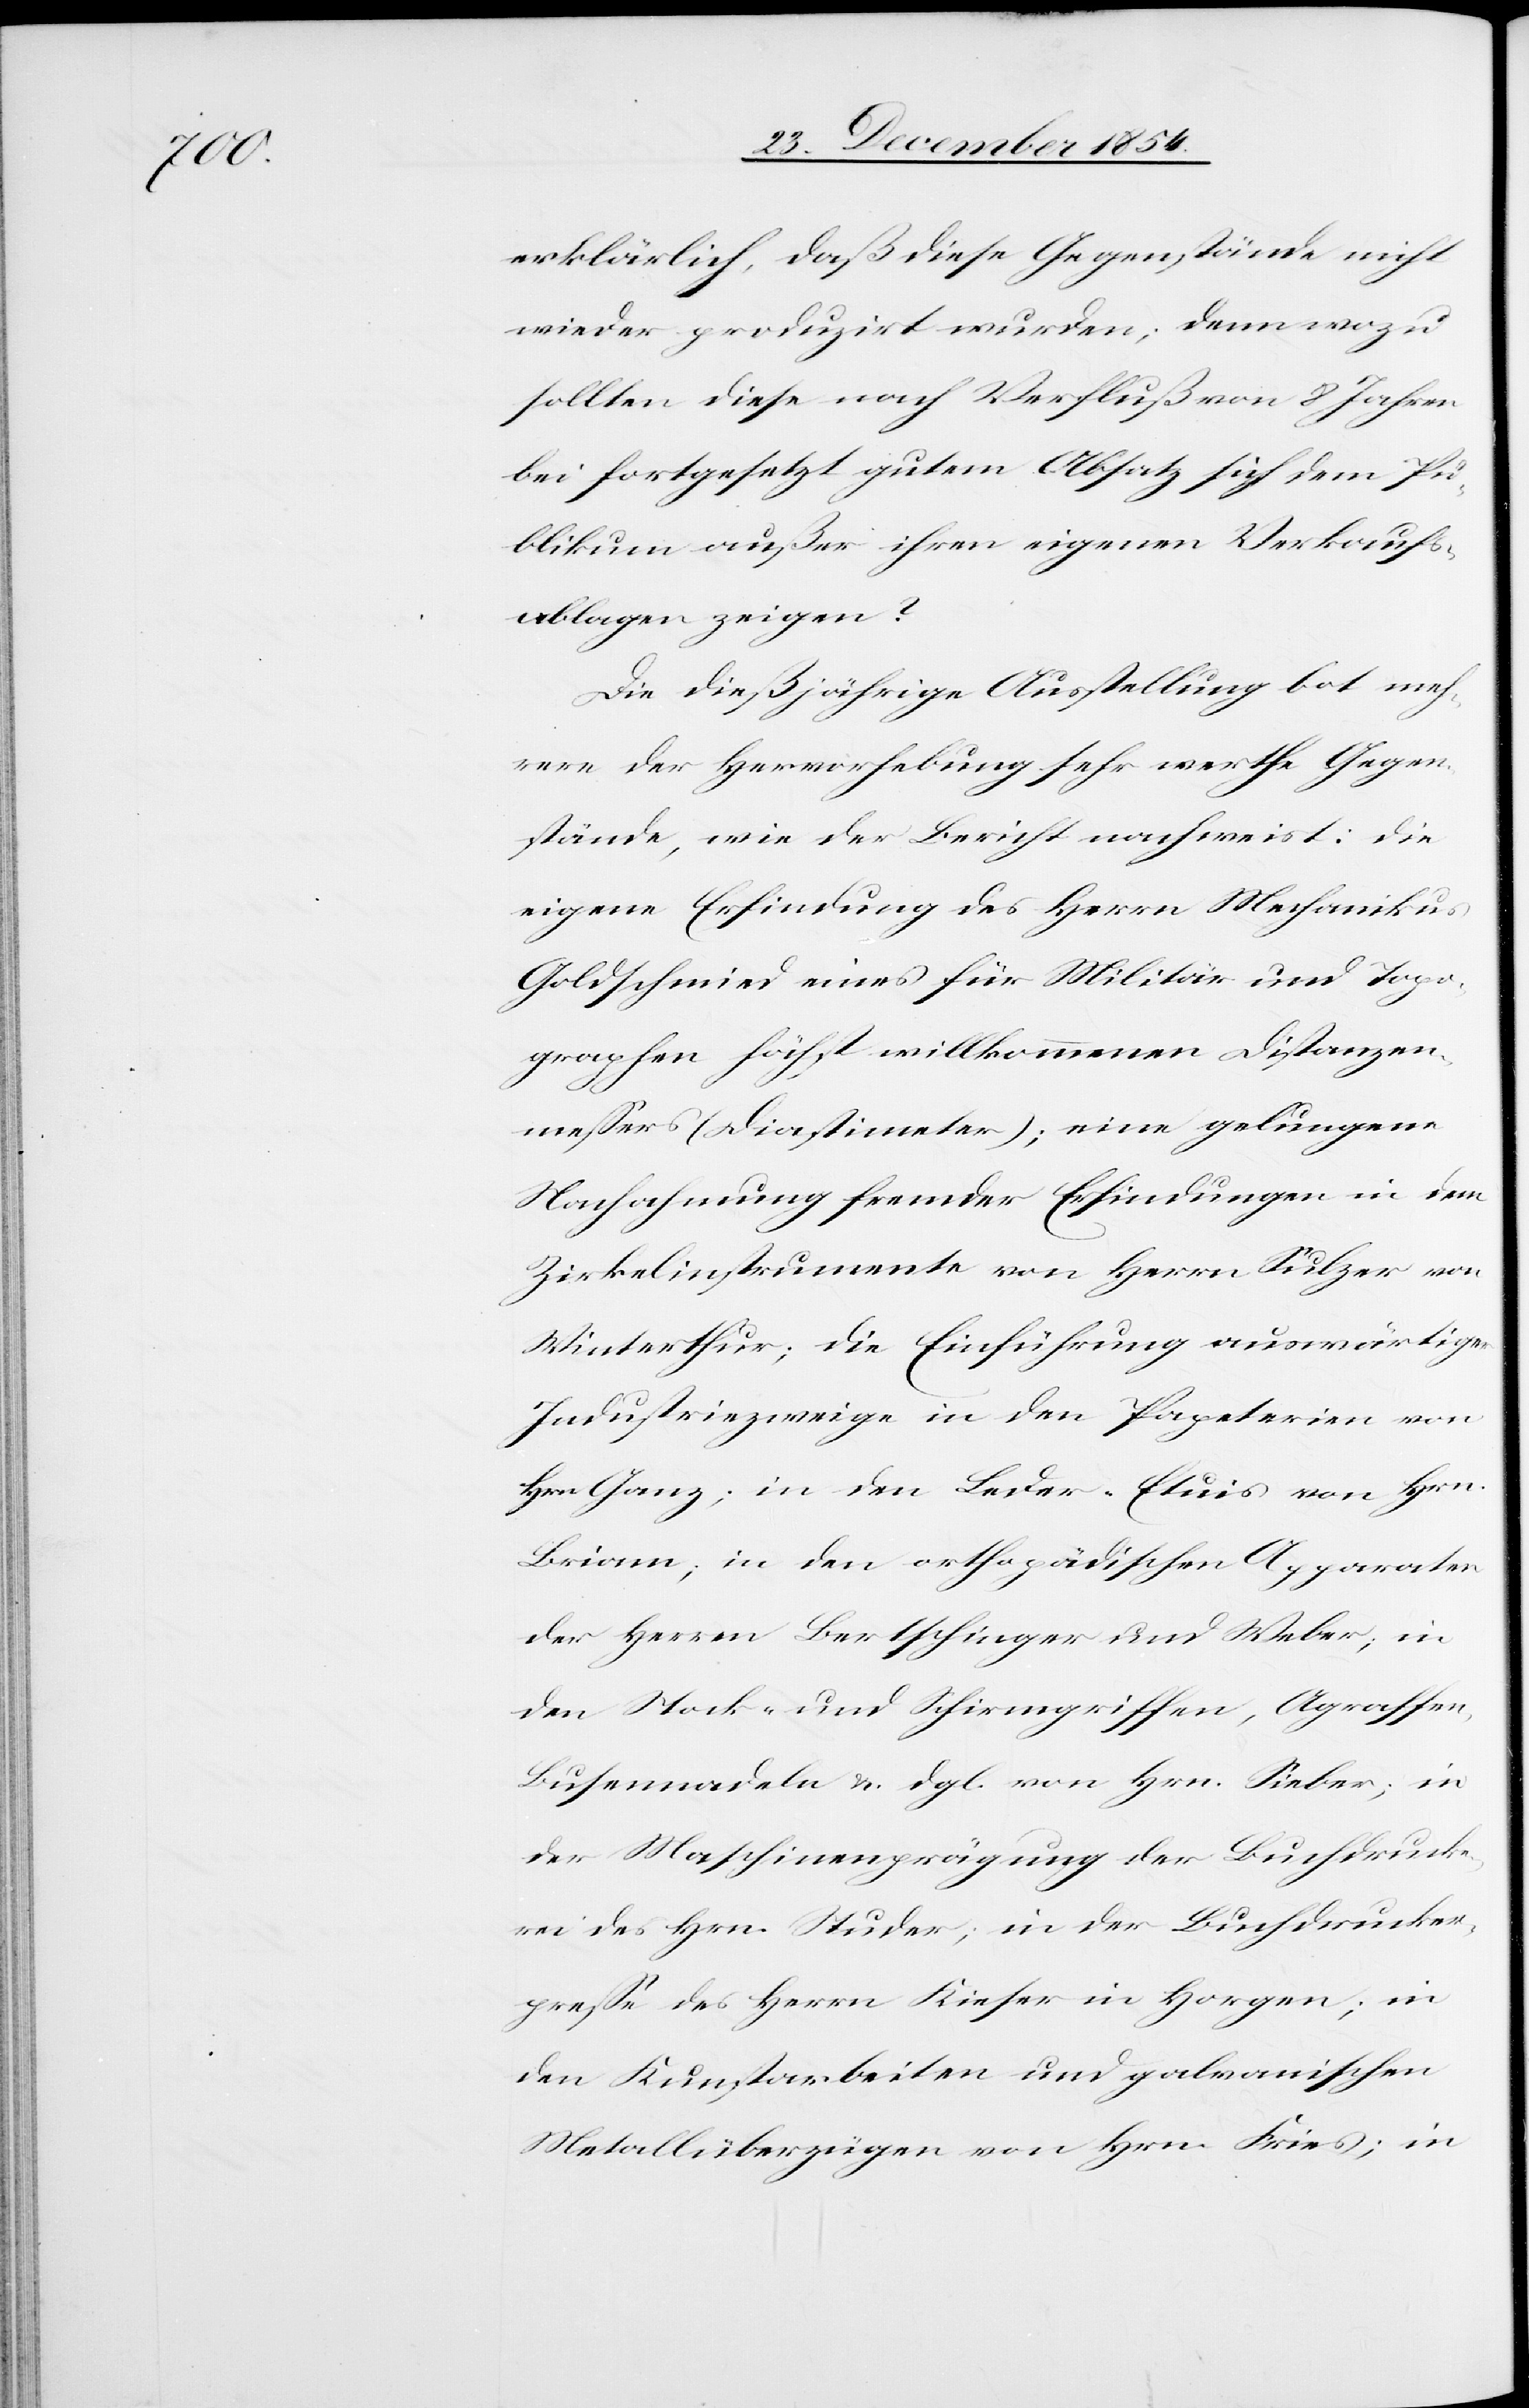
erklärlich, daß diese Gegenstände nicht
wieder produzirt wurden; denn wozu
sollten diese nach Verfluß von 8 Jahren
bei fortgesetzt gutem Absatz sich dem Pu¬
blikum außer ihren eigenen Verkaufs¬
ablagen zeigen?
Die dießjährige Ausstellung bot meh¬
rere der Hervorhebung sehr werthe Gegen¬
stände, wie der Bericht nachweist: Die
eigene Erfindung des Herrn Mechanikus
Goldschmied eines für Militär und Topo¬
graphen höchst willkommenen Distanzen¬
meßers (Diastimeter); eine gelungene
Nachahmung fremder Erfindungen in dem
Zirkelinstrumente von Herrn Sulzer von
Winterthur; die Einführung auswärtiger
Industriezweite in den Papeterien von
Hrn Ganz; in den Leder-Etuis von Hrn.
Briann; in den orthopädischen Apparaten
der Herren Bertschinger und Weber in
den Stock- und Schirmgriffen, Agraffen,
Busennadeln u. dgl. von Hrn. Sieber; in
der Maschinenprägung der Buchdruck¬
erei des Hrn.Studer; in der Buchdrucker¬
preße des Herrn Kieser in Horgen; in
den Kunstarbeiten und galvanischen
Metallüberzügen von Hrn. Fries; in